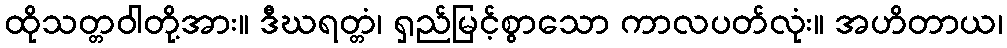
ထိုသတ္တဝါတို့အား။ ဒီဃရတ္တံ၊ ရှည်မြင့်စွာသော ကာလပတ်လုံး။ အဟိတာယ၊